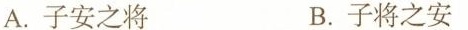
A.子安之将 B.子将之安